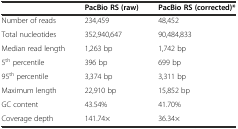
<table><thead><tr><td></td><td><b>PacBio RS (raw)</b></td><td><b>PacBio RS (corrected)*</b></td></tr></thead><tbody><tr><td>Number of reads</td><td>234,459</td><td>48,452</td></tr><tr><td>Total nucleotides</td><td>352,940,647</td><td>90,484,833</td></tr><tr><td>Median read length</td><td>1,263 bp</td><td>1,742 bp</td></tr><tr><td>5<sup>th</sup> percentile</td><td>396 bp</td><td>699 bp</td></tr><tr><td>95<sup>th</sup> percentile</td><td>3,374 bp</td><td>3,311 bp</td></tr><tr><td>Maximum length</td><td>22,910 bp</td><td>15,852 bp</td></tr><tr><td>GC content</td><td>43.54%</td><td>41.70%</td></tr><tr><td>Coverage depth</td><td>141.74×</td><td>36.34×</td></tr></tbody></table>